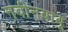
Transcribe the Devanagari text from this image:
नवीनबाबू